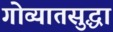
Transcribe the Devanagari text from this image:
गोव्यातसुद्धा